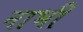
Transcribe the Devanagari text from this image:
नाभीं